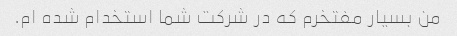
من بسیار مفتخرم که در شرکت شما استخدام شده ام.